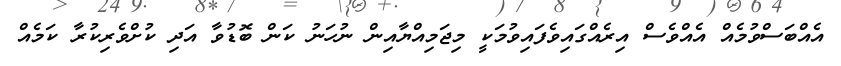
އެއްބަސްވުމެއް އެއްވެސް އިރެއްގައިވެފައިވުމަކީ މިޖަމިއްޔާއިން ނުހަނު ކަން ބޮޑުވާ އަދި ކުށްވެރިކުރާ ކަމެއް